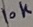
Text: 10K